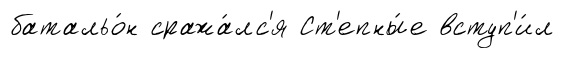
батальо́н сража́лс'я Ст'епны́е вступ'и́л